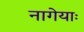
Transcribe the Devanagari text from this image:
नागेयाः